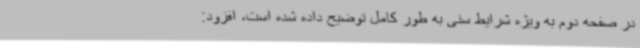
در صفحه دوم به ویژه شرایط سنی به طور کامل توضیح داده شده است، افزود: